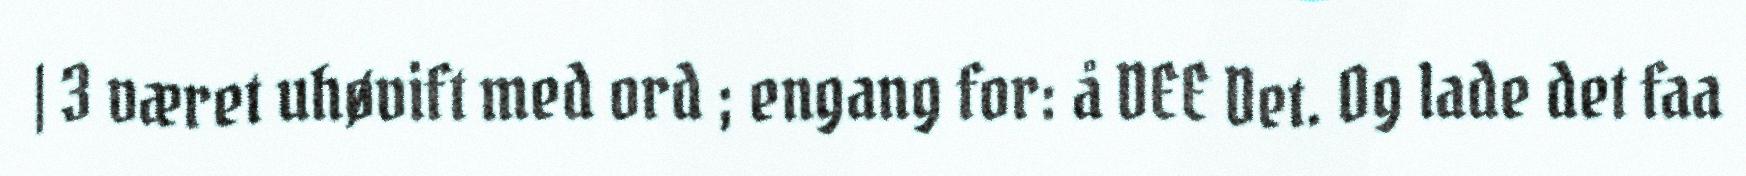
| 3 været uhøvift med ord ; engang for: å DEE Det. Og lade det faa